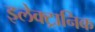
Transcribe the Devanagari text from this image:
इलेक्‍ट्रानिक